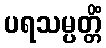
ပရသမ္ပတ္တိံ